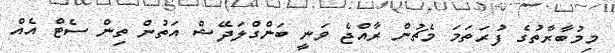
މިމުބާރާތުގެ ފުރަތަމަ މެޗުން ރާއްޖެ ވަނީ ބަންގްލަދޭޝް އަތުން ތިން ސެޓް އެއް